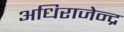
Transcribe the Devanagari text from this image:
अधिराजेन्द्र